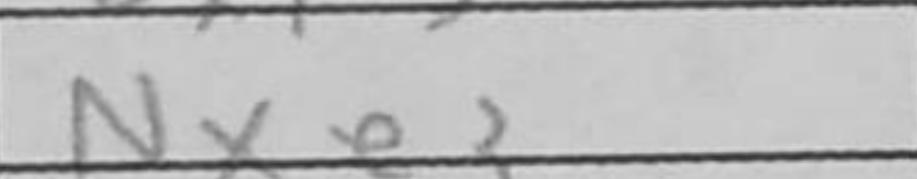
Transcription: Nxe3